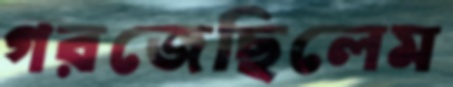
গরজেছিলেম